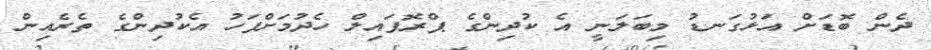
ދެން ބޮޑަށް އަޅުގަނޑު މިބަލަނީ އެ ކުދިންގެ ޕްރޮފައިލް ހެދުމަށްފަހު އެކުދިންގެ ތެރެއިން